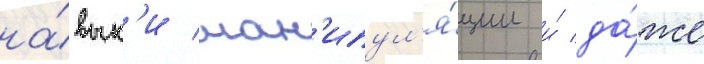
на́вык'и ман'ипул'я́ции и́ да́же